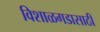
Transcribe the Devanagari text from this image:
विशाळगडासाठी